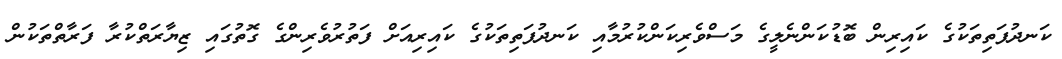
ކަނދުފަތިތަކުގެ ކައިރިން ބޮޑުކަންނެލީގެ މަސްވެރިކަންކުރުމާއި ކަނދުފަތިތަކުގެ ކައިރިއަށް ފަތުރުވެރިންގެ ގޮތުގައި ޒިޔާރަތްކުރާ ފަރާތްތަކުން